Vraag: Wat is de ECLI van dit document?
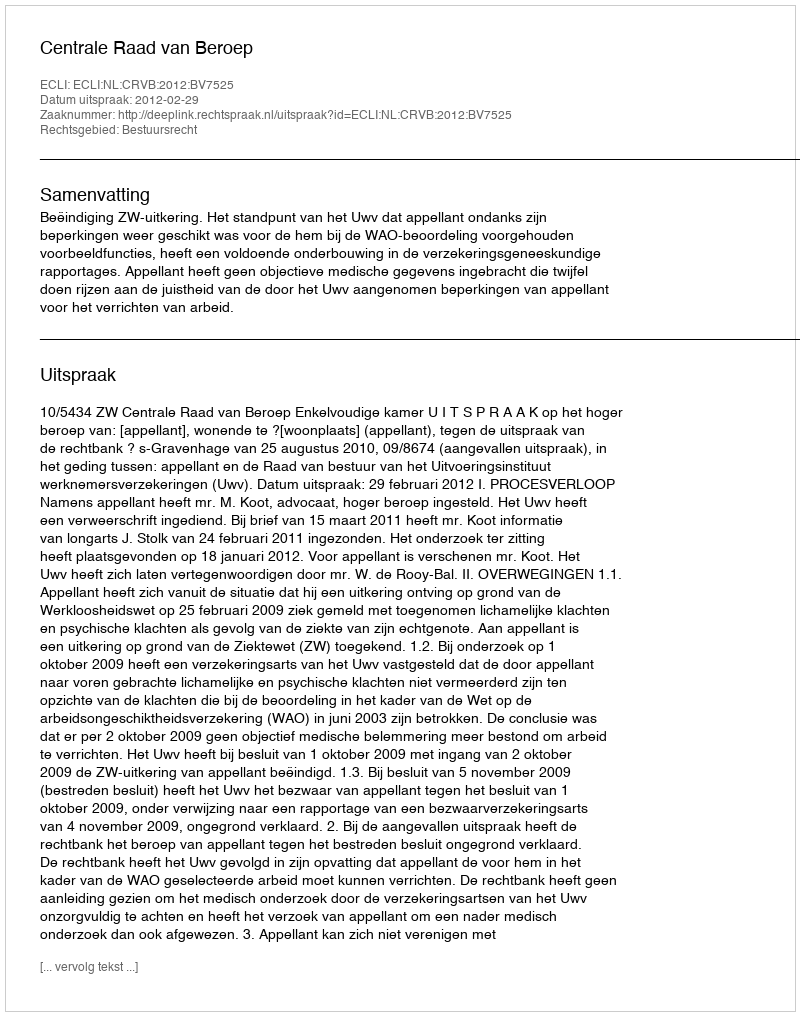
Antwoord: ECLI:NL:CRVB:2012:BV7525